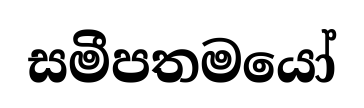
සමීපතමයෝ